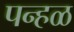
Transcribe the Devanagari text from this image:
पन्हळ